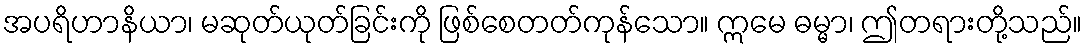
အပရိဟာနိယာ၊ မဆုတ်ယုတ်ခြင်းကို ဖြစ်စေတတ်ကုန်သော။ ဣမေ ဓမ္မာ၊ ဤတရားတို့သည်။